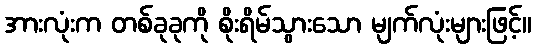
အားလုံးက တစ်ခုခုကို စိုးရိမ်သွားသော မျက်လုံးများဖြင့်။